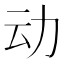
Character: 动